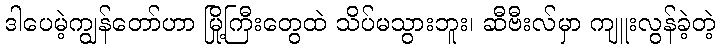
ဒါပေမဲ့ကျွန်တော်ဟာ မြို့ကြီးတွေထဲ သိပ်မသွားဘူး၊ ဆီဗီးလ်မှာ ကျူးလွန်ခဲ့တဲ့